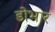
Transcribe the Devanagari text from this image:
डोभार